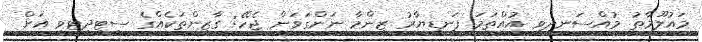
މައުލޫމާތު މުއްސަނދިވި އުއްތަމަ ފަނޑިޔާރު ޒިންމާ ނަންގަވަން ޖެހޭ: ގާޒީންތަކެއްގެ ސިޓީދިޓީވީ އަށް